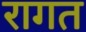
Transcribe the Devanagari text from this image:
रागत